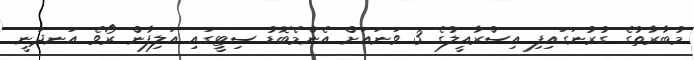
މުބާރާތުގެ ގުރުނަގައިފި އިސްރާއީލުގެ 3 ވަނައަށް އެންމެބޮޑު ސިޓީގައި އަލިފާން ރޯވެ އަނދަނީ